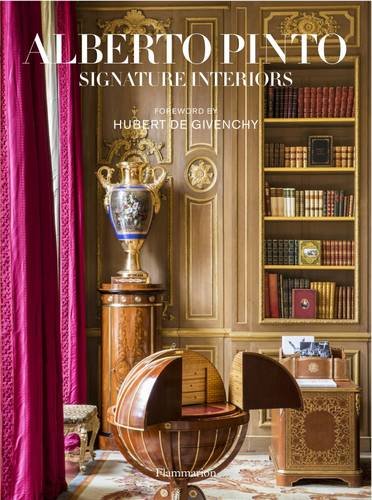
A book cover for Alberto Pinto: Signature Interiors; Anne Bony; Arts & Photography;